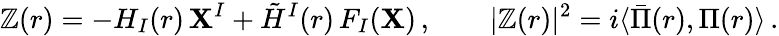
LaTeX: \mathbb{Z}(r)=-H_{I}(r)\, \mathbf{X}^{I}+\tilde{{H}}^{I}(r)\, F_{I}(\mathbf{X})\, ,\qquad\vert\mathbb{Z}(r)\vert^{2}=i\langle\bar{{\Pi}}(r),\Pi(r)\rangle\, .